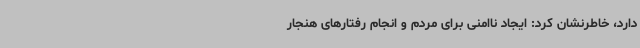
دارد، خاطرنشان کرد: ایجاد ناامنی برای مردم و انجام رفتارهای هنجار